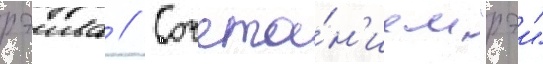
рэива // Сочета́н'ием "рэи"